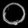
Digit: ၀